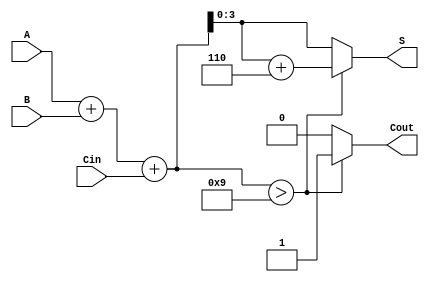
module BCD_Hybrid_Adder (
    input [3:0] A,       // First BCD input
    input [3:0] B,       // Second BCD input
    input Cin,           // Carry-in
    output reg [3:0] S,  // BCD sum output
    output reg Cout      // Carry-out
);

    wire [4:0] Temp;     // Temporary result (5 bits to accommodate carry)
    
    // Step 1: Perform binary addition
    assign Temp = A + B + Cin;

    // Step 2: BCD Correction Logic
    always @(*) begin
        if (Temp > 9) begin
            S = Temp + 6; // Adjust to valid BCD range
            Cout = 1;     // Generate carry-out
        end else begin
            S = Temp;     // No adjustment needed
            Cout = 0;     // No carry-out
        end
    end

endmodule